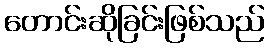
တောင်းဆိုခြင်းဖြစ်သည်